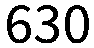
630